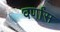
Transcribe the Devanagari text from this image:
वर्णांस